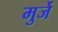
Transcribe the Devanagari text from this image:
मुर्जे